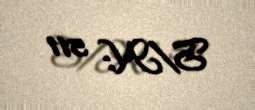
S/N: 511